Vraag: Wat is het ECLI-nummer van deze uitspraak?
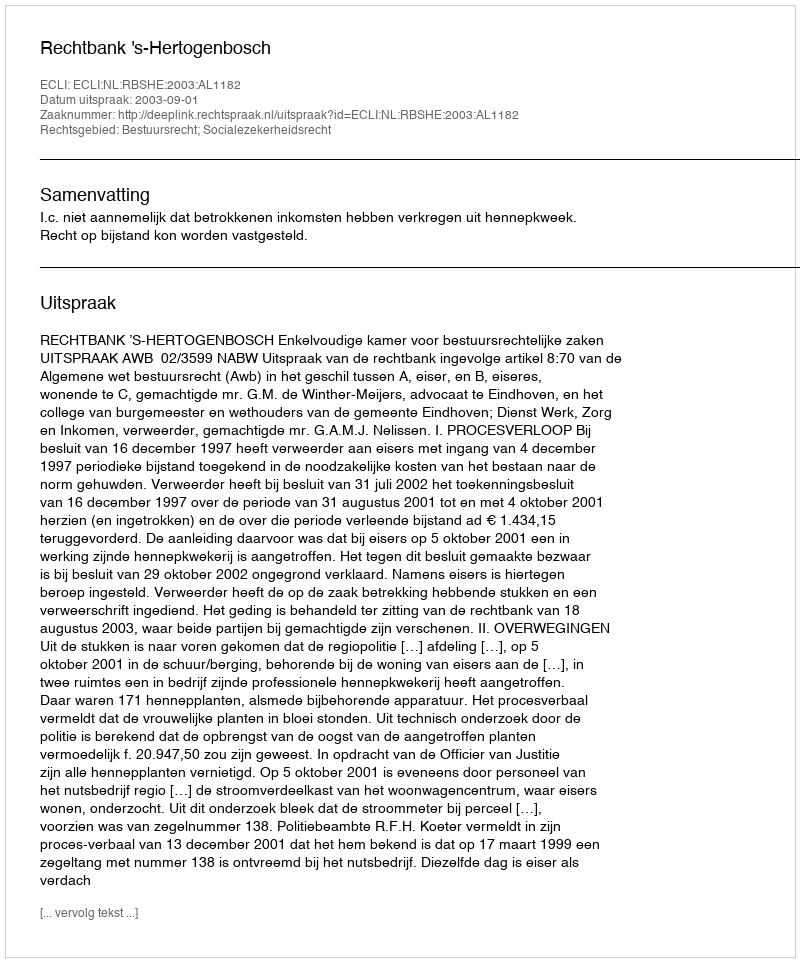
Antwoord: ECLI:NL:RBSHE:2003:AL1182